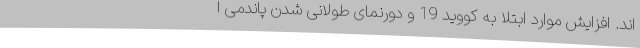
اند. افزایش موارد ابتلا به کووید 19 و دورنمای طولانی شدن پاندمی ا